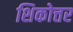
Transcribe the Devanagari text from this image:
शिकोत्तर